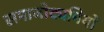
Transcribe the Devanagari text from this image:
समाजोद्यमियों